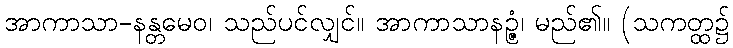
အာကာသာ-နန္တမေဝ၊ သည်ပင်လျှင်။ အာကာသာနဉ္ဇံ၊ မည်၏။ (သကတ္ထ၌